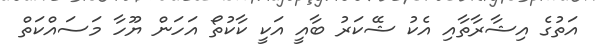
އަތުގެ އިޝާރާތާއި އެކު ޝޭކަރު ބާއީ އަކީ ކާކުތޯ އަހަން ޔޫހާ މަސައްކަތް